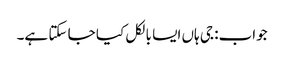
جواب: جی ہاں ایسا بالکل کیا جا سکتا ہے۔